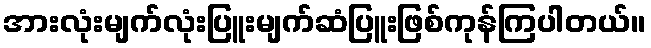
အားလုံးမျက်လုံးပြူးမျက်ဆံပြူးဖြစ်ကုန်ကြပါတယ်။